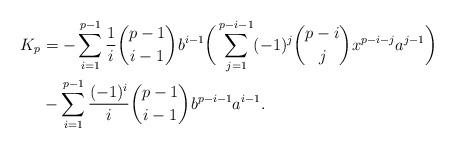
LaTeX: \begin{align*} K_p &= - \sum_{i=1}^{p-1} \dfrac{1}{i} \binom{p-1}{i-1}b^{i-1} \bigg( \sum_{j=1}^{p-i-1}(-1)^j \binom{p-i}{j}x^{p-i-j} a^{j-1} \bigg) \\& - \sum_{i=1}^{p-1} \dfrac{(-1)^i}{i} \binom{p-1}{i-1}b^{p-i-1}a^{i-1}.\end{align*}